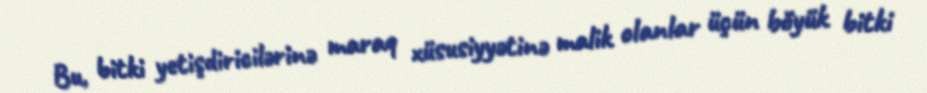
Bu, bitki yetişdiricilərinə maraq xüsusiyyətinə malik olanlar üçün böyük bitki